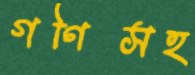
গণিসহ